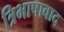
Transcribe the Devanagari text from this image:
त्रिभाषावाद